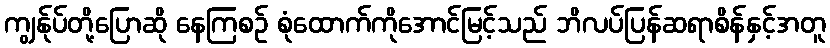
ကျွန်ုပ်တို့ပြောဆို နေကြစဉ် စုံထောက်ကိုအောင်မြင့်သည် ဘိလပ်ပြန်ဆရာစိန်နှင့်အတူ